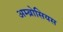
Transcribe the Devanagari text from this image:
अम्ब्रोसियस